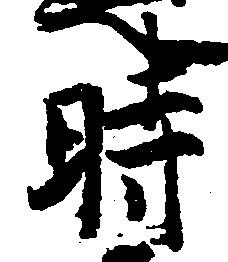
時